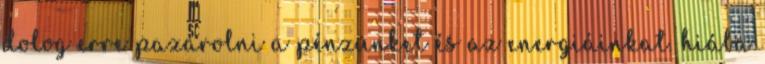
dolog erre pazarolni a pénzünket és az energiáinkat. hiába